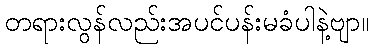
တရားလွန်လည်းအပင်ပန်းမခံပါနဲ့ဗျာ။